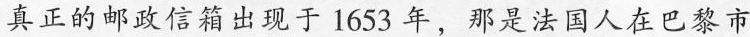
真正的邮政信箱出现于1653年，那是法国人在巴黎市